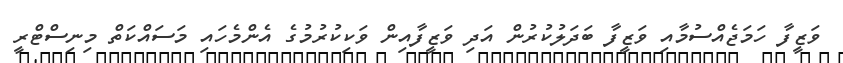
ވަޒީފާ ހަމަޖެއްސުމާއި ވަޒީފާ ބަދަލުކުރުން އަދި ވަޒީފާއިން ވަކިކުރުމުގެ އެންމެހައި މަސައްކަތް މިނިސްޓްރީ